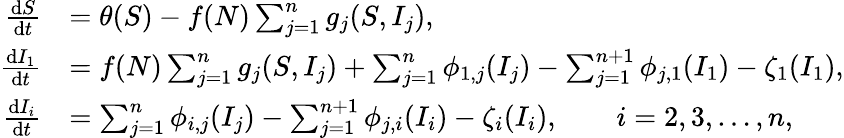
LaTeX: \begin{array}{rl}{\frac{\mathrm{d}S}{\mathrm{d}t}}&{=\theta(S)-f(N)\sum_{j=1}^{n}g_{j}(S,I_{j}),}\\ {\frac{\mathrm{d}I_{1}}{\mathrm{d}t}}&{=f(N)\sum_{j=1}^{n}g_{j}(S,I_{j})+\sum_{j=1}^{n}\phi_{1,j}(I_{j})-\sum_{j=1}^{n+1}\phi_{j,1}(I_{1})-\zeta_{1}(I_{1}),}\\ {\frac{\mathrm{d}I_{i}}{\mathrm{d}t}}&{=\sum_{j=1}^{n}\phi_{i,j}(I_{j})-\sum_{j=1}^{n+1}\phi_{j,i}(I_{i})-\zeta_{i}(I_{i}),\qquad i=2,3,\dots,n,}\end{array}